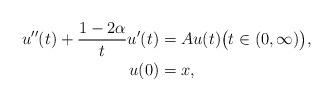
LaTeX: \begin{align*} u''(t) + \frac{1 - 2 \alpha}{t} u'(t) & = Au(t) \big( t \in (0, \infty) \big), \\ u(0) & = x, \end{align*}